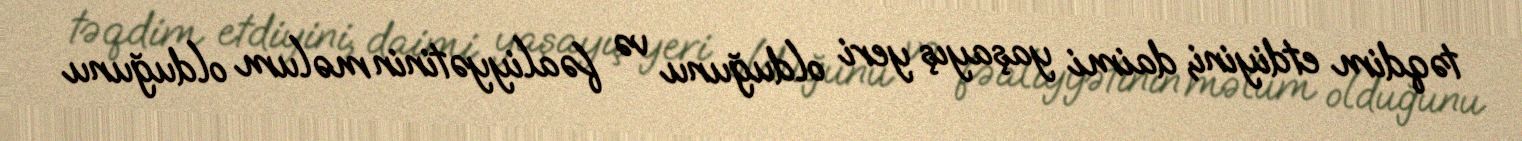
təqdim etdiyini, daimi yaşayış yeri olduğunu və fəaliyyətinin məlum olduğunu